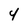
Character: 4